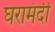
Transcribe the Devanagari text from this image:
घरामंदी